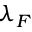
\lambda _ { F }